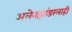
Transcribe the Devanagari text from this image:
अलेक्झांडरलाही